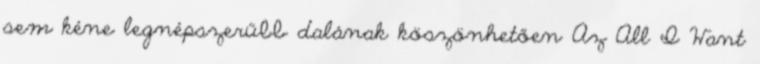
sem kéne legnépszerűbb dalának köszönhetően Az All I Want